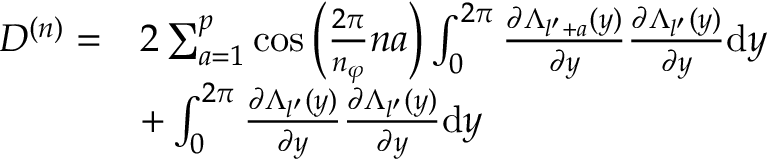
\begin{array} { r l } { D ^ { ( n ) } = } & { 2 \sum _ { a = 1 } ^ { p } \cos \left( \frac { 2 \pi } { n _ { \varphi } } n a \right) \int _ { 0 } ^ { 2 \pi } \frac { \partial \Lambda _ { l ^ { \prime } + a } ( y ) } { \partial y } \frac { \partial \Lambda _ { l ^ { \prime } } ( y ) } { \partial y } \mathrm { d } y } \\ & { + \int _ { 0 } ^ { 2 \pi } \frac { \partial \Lambda _ { l ^ { \prime } } ( y ) } { \partial y } \frac { \partial \Lambda _ { l ^ { \prime } } ( y ) } { \partial y } \mathrm { d } y } \end{array}